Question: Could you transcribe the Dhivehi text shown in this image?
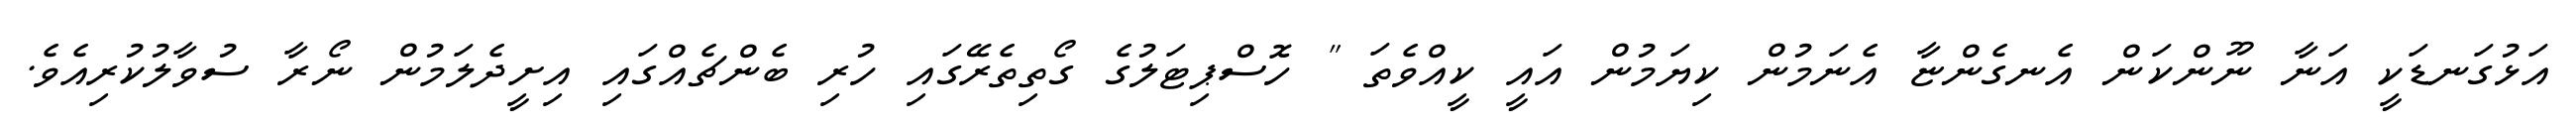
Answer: އަޅުގަނޑަކީ އަނާ ނޫންކަން އެނގެންޏާ އެނަމުން ކިޔަމުން އައީ ކީއްވެތަ " ހޮސްޕިޓަލުގެ ގޯތިތެރޭގައި ހުރި ބެންޗެއްގައި އިށީދެލަމުން ނޯރާ ސުވާލުކުރިއެވެ.